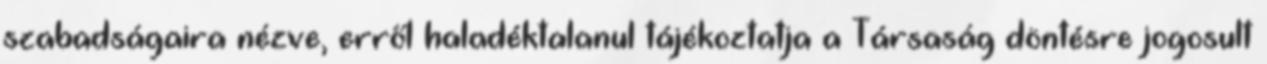
szabadságaira nézve, erről haladéktalanul tájékoztatja a Társaság döntésre jogosult